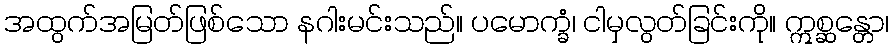
အထွက်အမြတ်ဖြစ်သော နဂါးမင်းသည်။ ပမောက္ခံ၊ ငါမှလွတ်ခြင်းကို။ ဣစ္ဆန္တော၊